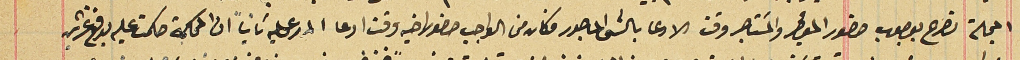
المجلة تصرح بوجوب حضور المؤجر والمسَتاجر وقت الادعا بالشى الماجور فكان من الواجب حضور اخيه وقت ادعا المدعى عليه ثانياً ان المحكمة حكمت عليه يدفع غرشين